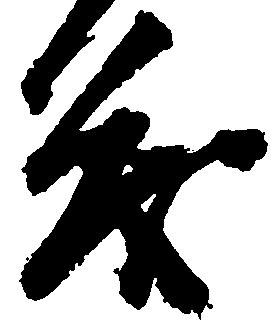
茂